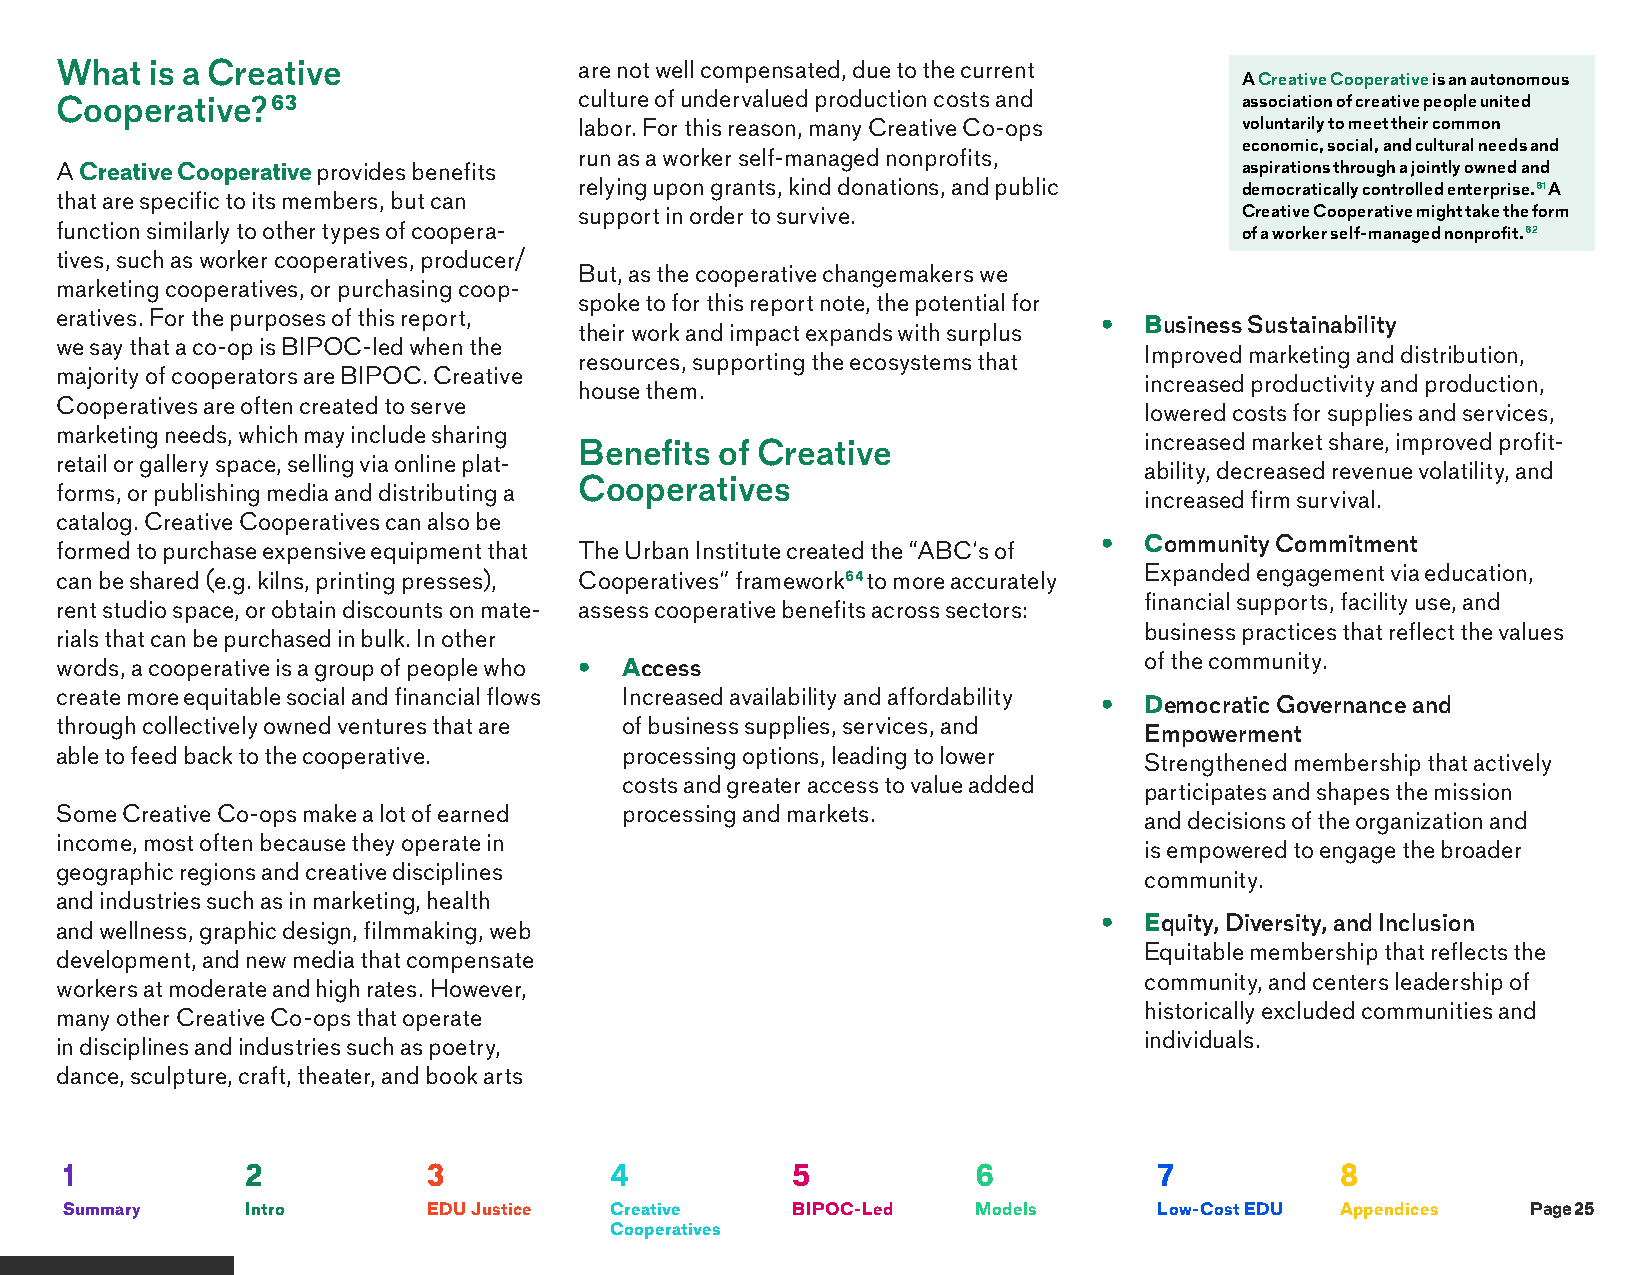
What  is a Creative               are not well compensated, due to the current
 A Creative Cooperative is an autonomous
 Cooperative?63                    culture of undervalued production costs and association of creative people united
 labor. For this reason, many Creative Co-ops voluntarily to meet their common
 economic, social, and cultural needs and
 run as a worker self-managed nonprofits,
 A Creative Cooperative provides benefits                                      aspirations through a jointly owned and
 relying upon grants, kind donations, and public democratically controlled enterprise.61 A
 that are specific to its members, but can
 support in order to survive.                Creative Cooperative might take the form
 function similarly to other types of coopera-                                 of a worker self-managed nonprofit.62
 tives, such as worker cooperatives, producer/
 But, as the cooperative changemakers we
 marketing cooperatives, or purchasing coop-
 spoke to for this report note, the potential for
 eratives. For the purposes of this report,
 •  Business Sustainability
 their work and impact expands with surplus
 we say that a co-op is BIPOC-led when the
 Improved marketing and distribution,
 resources, supporting the ecosystems that
 majority of cooperators are BIPOC. Creative
 increased productivity and production,
 house them.
 Cooperatives are often created to serve
 lowered costs for supplies and services,
 marketing needs, which may include sharing
 increased market share, improved profit-
 Benefits  of Creative
 retail or gallery space, selling via online plat-
 ability, decreased revenue volatility, and
 Cooperatives
 forms, or publishing media and distributing a
 increased firm survival.
 catalog. Creative Cooperatives can also be
 •  Community Commitment
 formed to purchase expensive equipment that The Urban Institute created the “ABC’s of
 Expanded engagement via education,
 can be shared (e.g. kilns, printing presses), Cooperatives” framework64 to more accurately
 financial supports, facility use, and
 rent studio space, or obtain discounts on mate- assess cooperative benefits across sectors:
 business practices that reflect the values
 rials that can be purchased in bulk. In other
 of the community.
 words, a cooperative is a group of people who • Access
 create more equitable social and financial flows Increased availability and affordability
 •  Democratic Governance and
 through collectively owned ventures that are of business supplies, services, and
 Empowerment
 able to feed back to the cooperative. processing options, leading to lower
 Strengthened membership that actively
 costs and greater access to value added
 participates and shapes the mission
 Some Creative Co-ops make a lot of earned processing and markets.
 and decisions of the organization and
 income, most often because they operate in
 is empowered to engage the broader
 geographic regions and creative disciplines
 community.
 and industries such as in marketing, health
 •  Equity, Diversity, and Inclusion
 and wellness, graphic design, filmmaking, web
 Equitable membership that reflects the
 development, and new media that compensate
 community, and centers leadership of
 workers at moderate and high rates. However,
 historically excluded communities and
 many other Creative Co-ops that operate
 individuals.
 in disciplines and industries such as poetry,
 dance, sculpture, craft, theater, and book arts
 1           2           3           4           5            6           7           8
 Summary     Intro       EDU Justice Creative    BIPOC-Led    Models      Low-Cost EDU Appendices Page 25
 Cooperatives